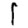
Digit: 1